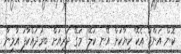
ކޮން އަންޖޫ އެކޭ ކިޔާކަށް އޭނ ކަލޭ! މަގޭ ދަރިއަށް ބިރުދައްކާފަ އާމިނާ